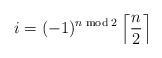
\begin{align*}i= (-1)^{n \bmod 2} \left\lceil \frac{n}{2} \right\rceil\end{align*}